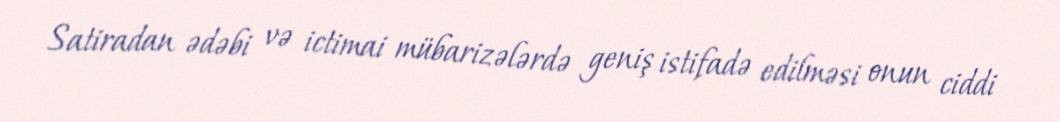
Satiradan ədəbi və ictimai mübarizələrdə geniş istifadə edilməsi onun ciddi